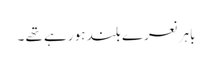
باہر نعرے بلند ہو رہے تھے ۔